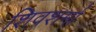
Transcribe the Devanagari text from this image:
शिवशर्मा